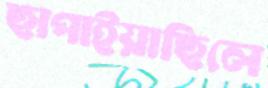
ছাপাইয়াছিলে